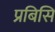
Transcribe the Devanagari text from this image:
प्रबिसि